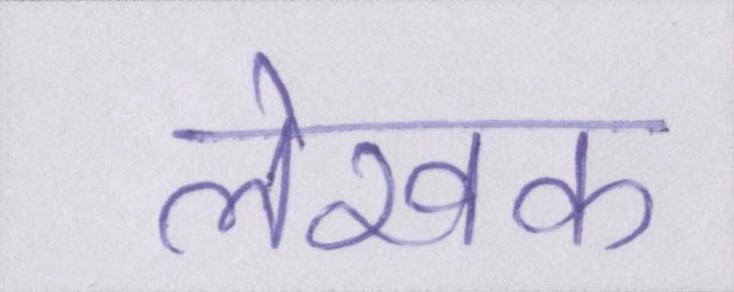
लेखक